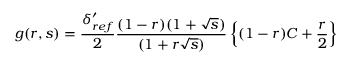
g ( r , s ) = \frac { \delta _ { r e f } ^ { \prime } } { 2 } \frac { ( 1 - r ) ( 1 + \sqrt { s } ) } { ( 1 + r \sqrt { s } ) } \left\{ ( 1 - r ) C + \frac { r } { 2 } \right\}